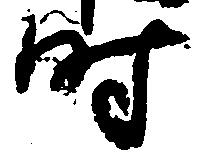
時